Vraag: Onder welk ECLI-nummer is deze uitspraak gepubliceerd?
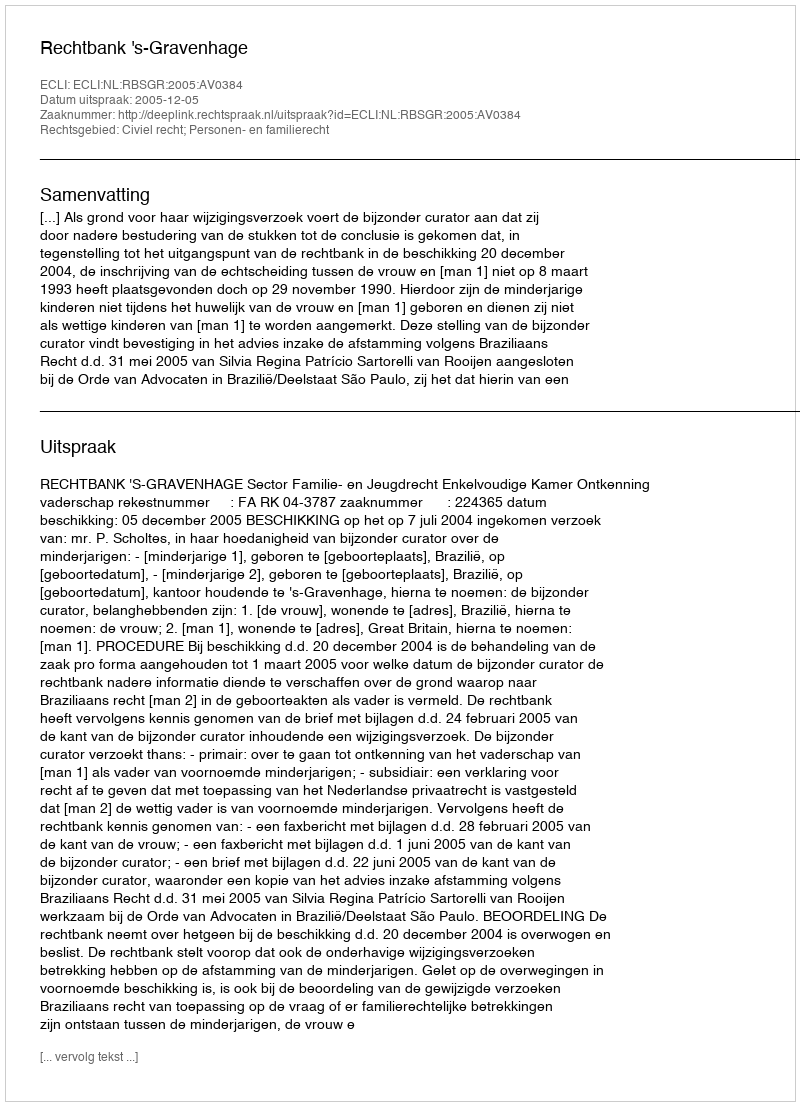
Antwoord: ECLI:NL:RBSGR:2005:AV0384